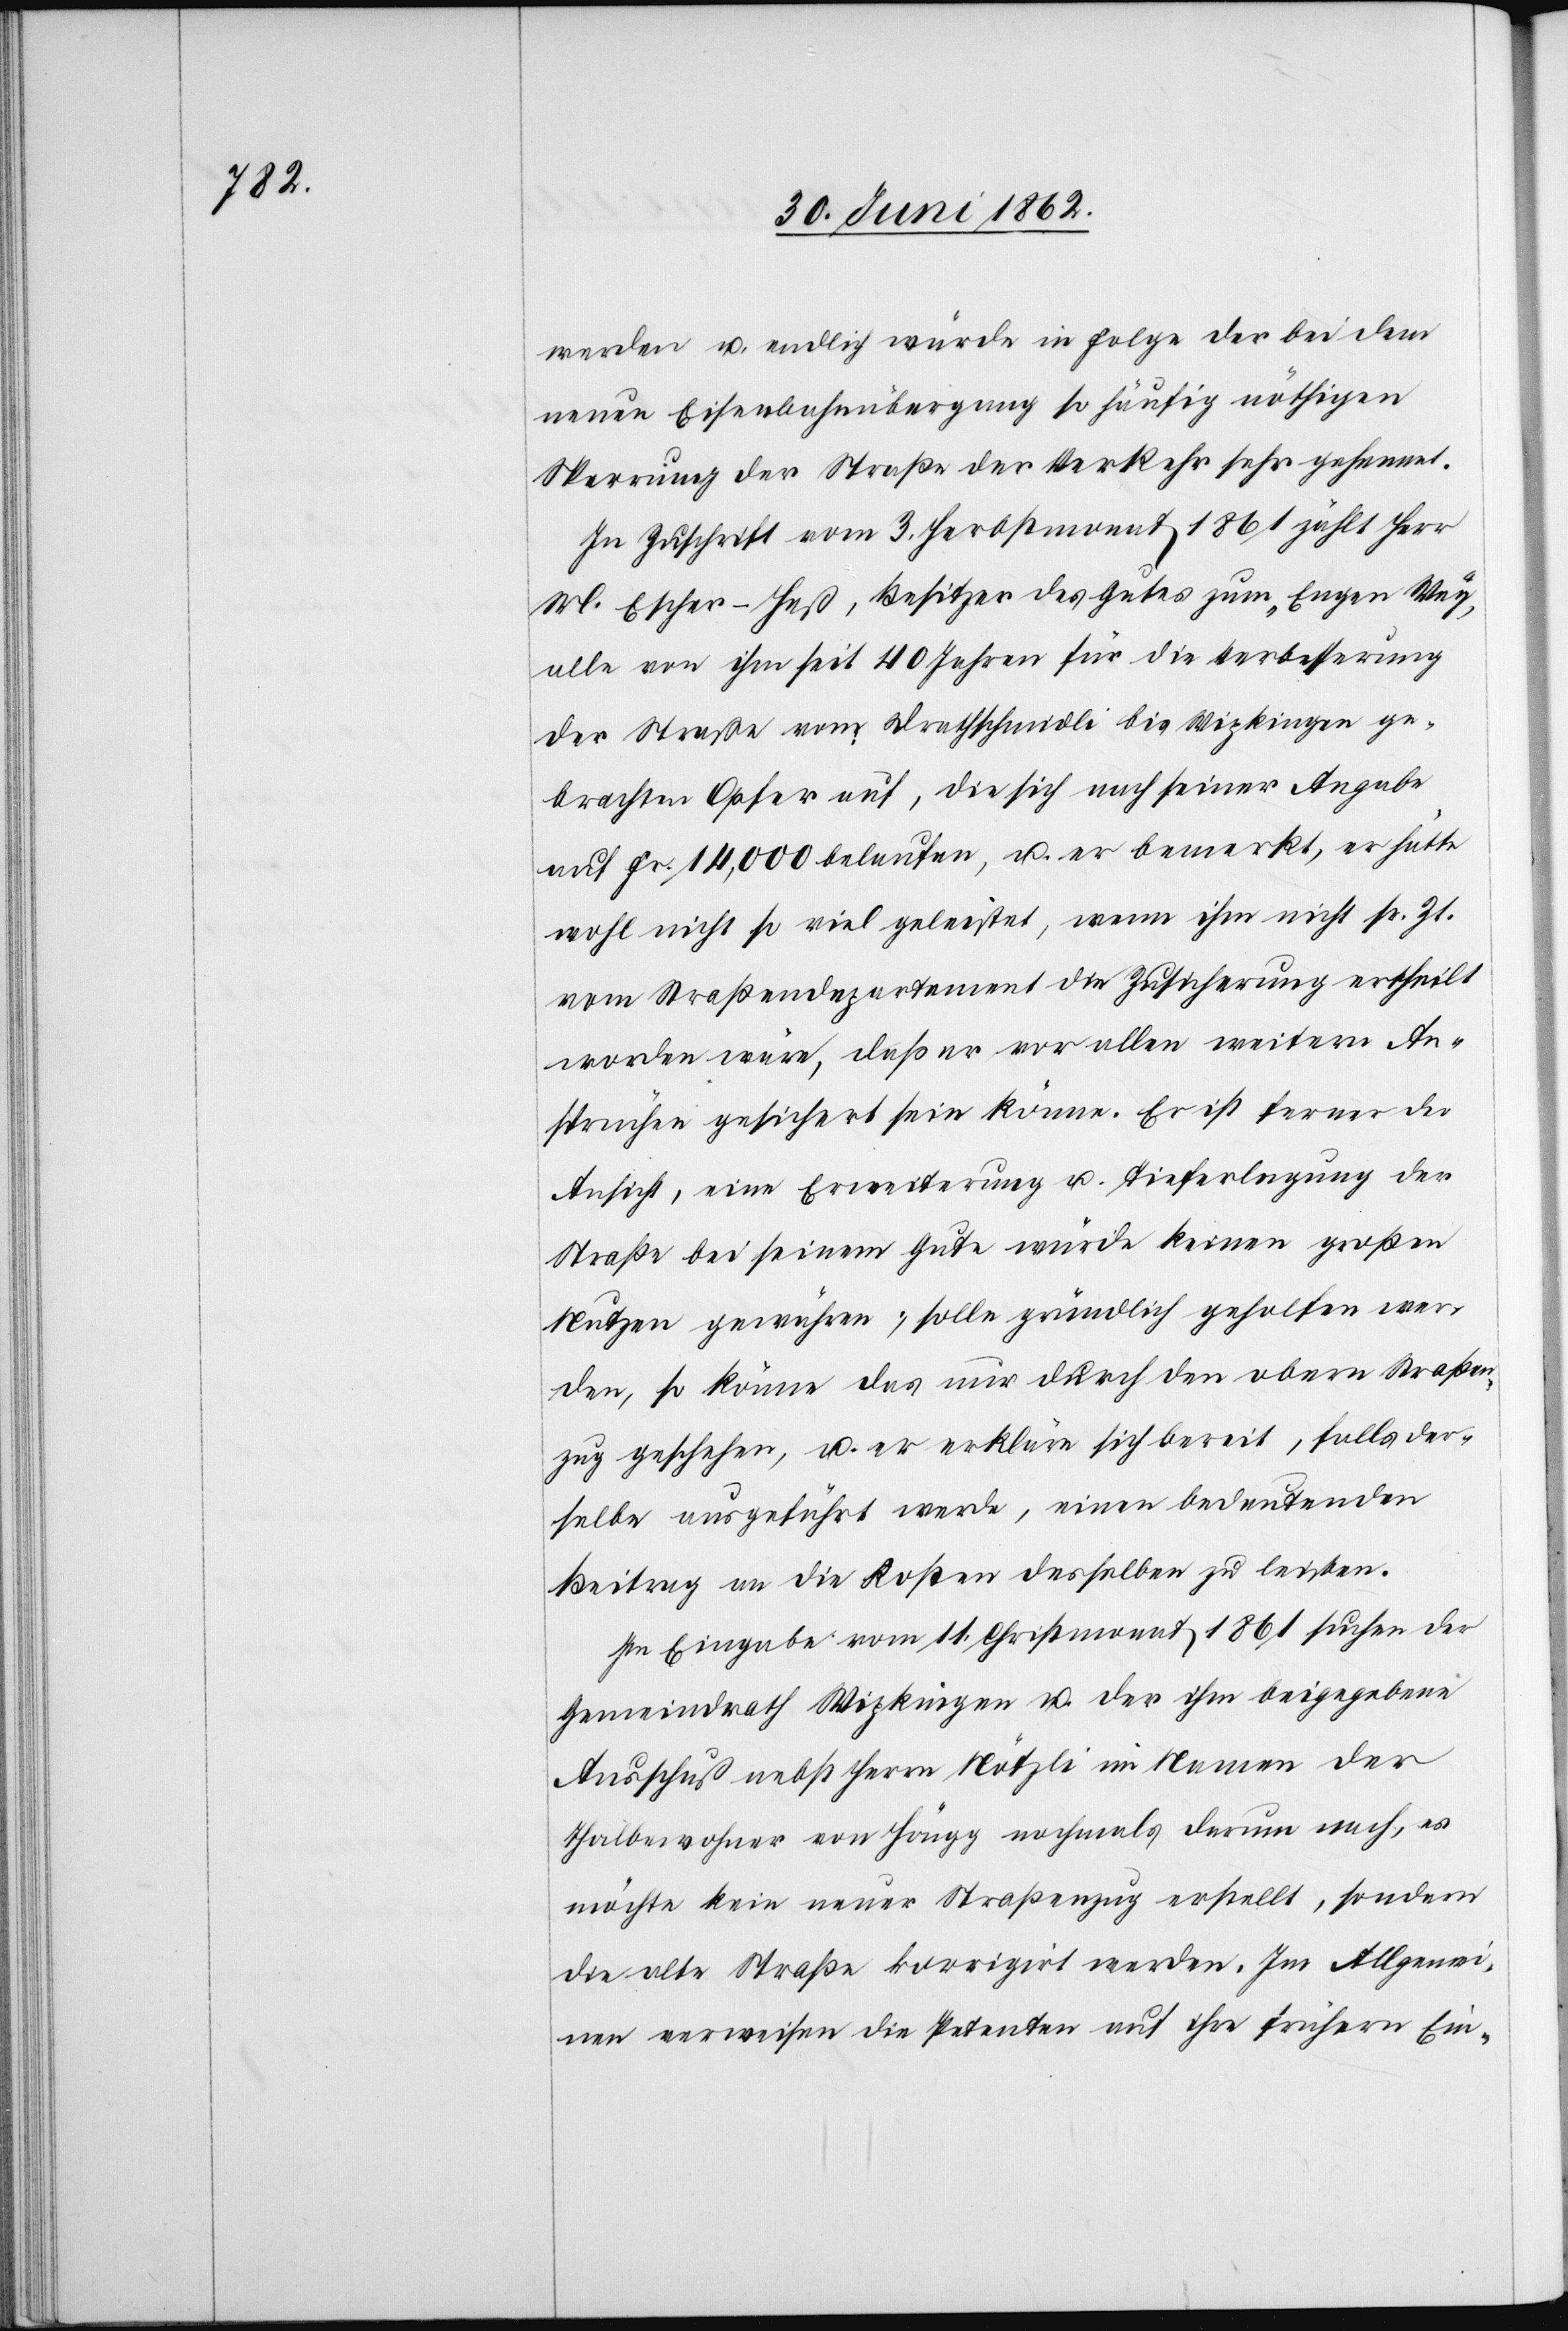
werden u. endlich würde in Folge der bei dem
neuen Eisenbahnübergang so häufig nöthigen
Sperrung der Straße der Verkehr sehr gehemmt.
In Zuschrift vom 3. Herbstmonat 1861 zählt Herr
M. Escher-Heß, Besitzer des Gutes zum „Engen Weg“
alle von ihm seit 40 Jahren für die Verbesserung
der Straße vom Drathschmidli bis Wipkingen ge¬
brachten Opfer auf, die sich nach seiner Angabe
auf Fr. 14,000 belaufen, u. er bemerkt, er hätte
wohl nicht so viel geleistet, wenn ihm nicht sr. Zt.
vom Straßendepartement die Zusicherung ertheilt
worden wäre, daß er vor allen weitern An¬
sprüchen gesichert sein könne. Er ist ferner die
Ansicht, eine Erweiterung u. Tieferlegung der
Straße bei seinem Gute würde keinen großen
Nutzen gewähren; solle gründlich geholfen wer¬
den, so könne das nur durch den obern Straßen¬
zug geschehen, u. er erkläre sich bereit, falls der¬
selbe ausgeführt werde, einen bedeutenden
Beitrag an die Kosten desselben zu leisten.
In Eingabe vom 11. Christmonat 1861 suchen der
Gemeindrath Wipkingen u. der ihm beigegebene
Ausschuß nebst Herrn Nötzli im Namen der
Thalbewohner von Höngg nochmals darum nach, es
möchte kein neuer Straßenzug erstellt, sondern
die alte Straße korrigirt werden. Im Allgemei¬
nen verweisen die Petenten auf ihre frühern Ein-